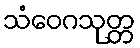
သံဝေဂသုတ္တ